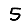
Digit: 5